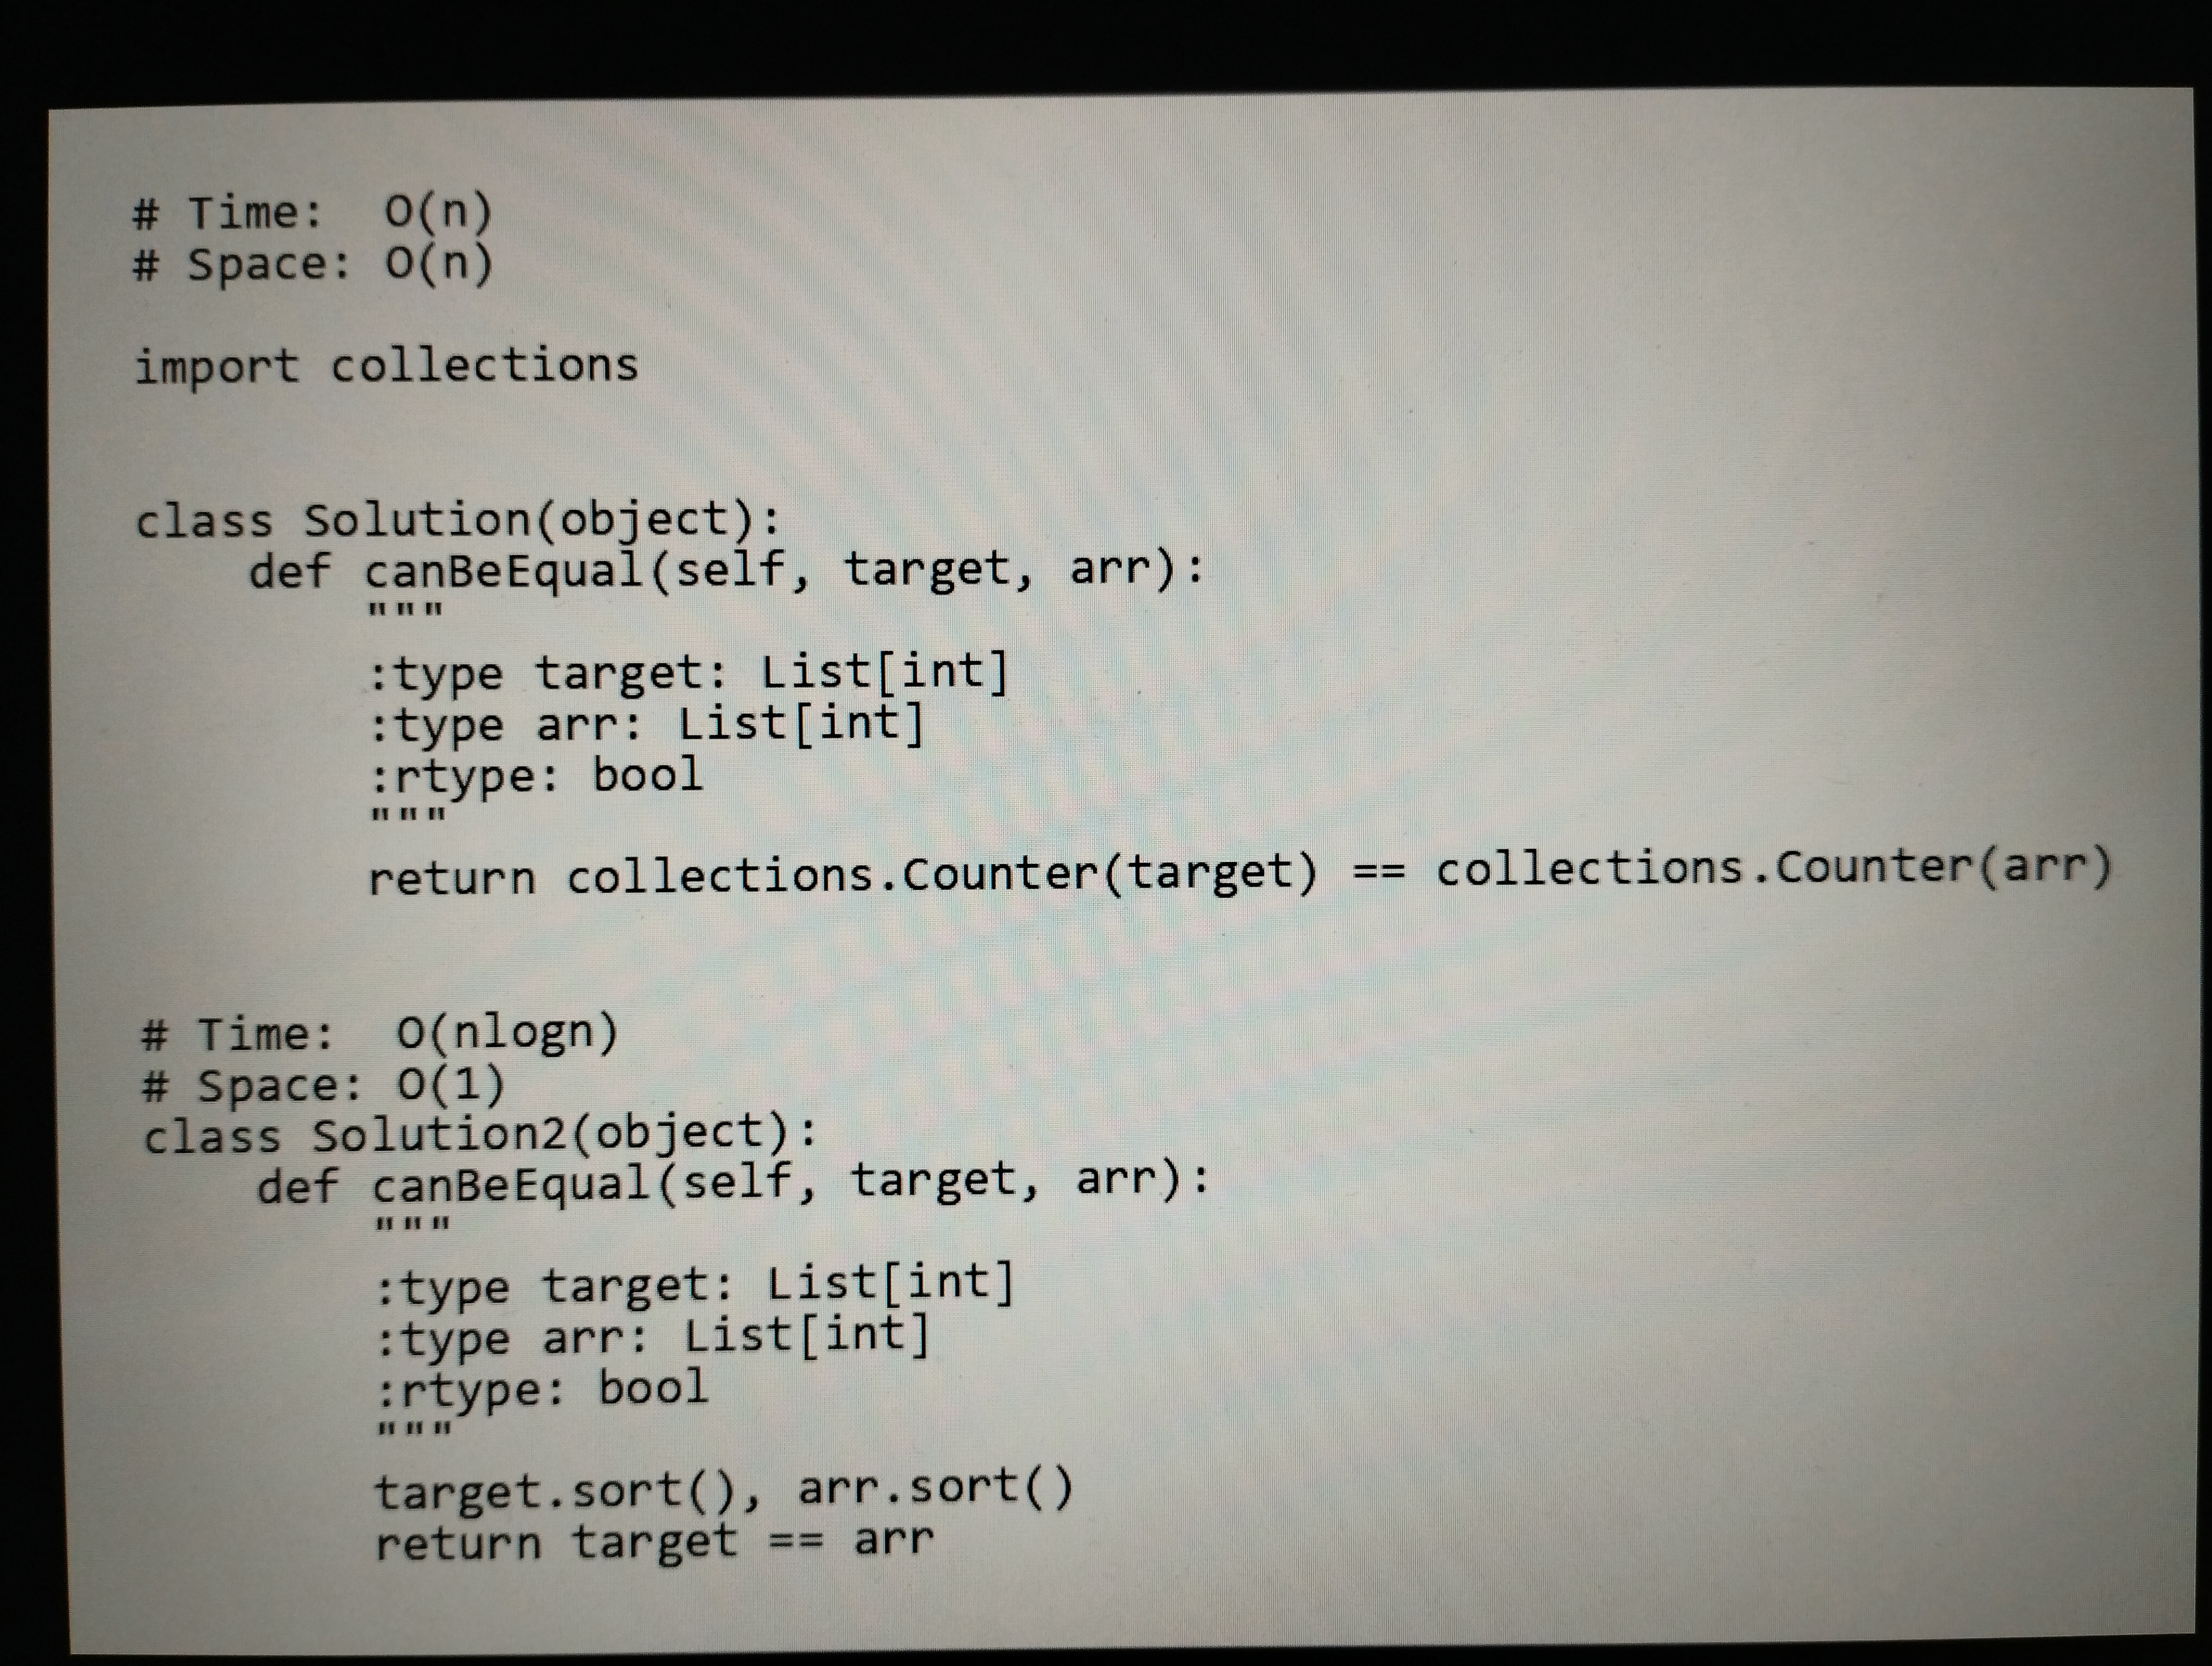
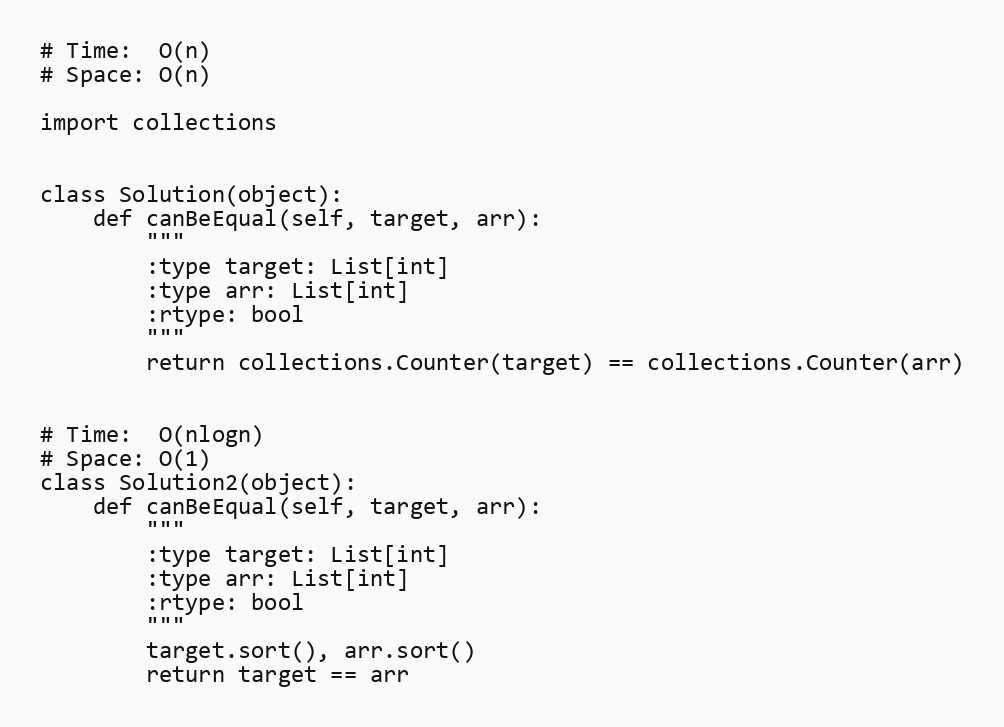
# Time:  O(n)
# Space: O(n)

import collections

class Solution(object):
    def canBeEqual(self, target, arr):
        """
        :type target: List[int]
        :type arr: List[int]
        :rtype: bool
        """
        return collections.Counter(target) == collections.Counter(arr)

# Time:  O(nlogn)
# Space: O(1)
class Solution2(object):
    def canBeEqual(self, target, arr):
        """
        :type target: List[int]
        :type arr: List[int]
        :rtype: bool
        """
        target.sort(), arr.sort()
        return target == arr